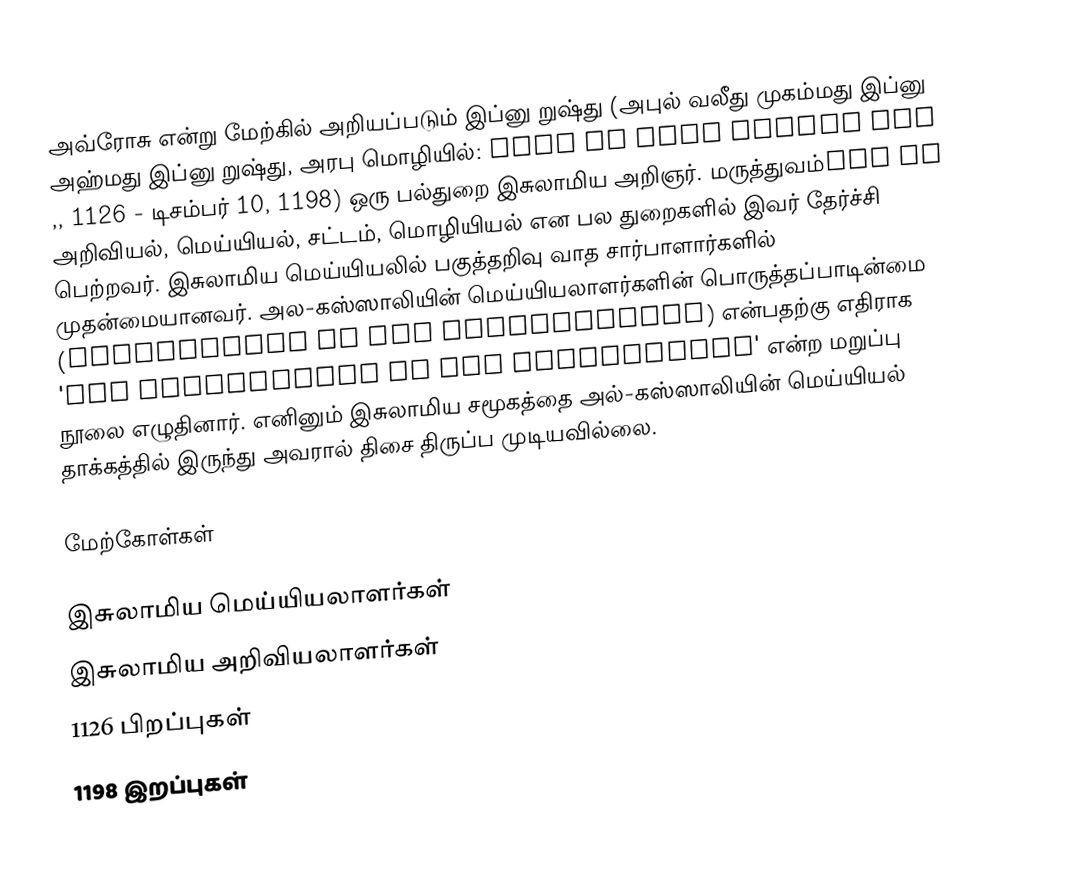
அவ்ரோசு என்று மேற்கில் அறியப்படும் இப்னு றுஷ்து (அபுல் வலீது முகம்மது இப்னு அஹ்மது இப்னு றுஷ்து, அரபு மொழியில்: أبو الوليد محمد بن احمد بن رشد, 1126 - டிசம்பர் 10, 1198) ஒரு பல்துறை இசுலாமிய அறிஞர். மருத்துவம், அறிவியல், மெய்யியல், சட்டம், மொழியியல் என பல துறைகளில் இவர் தேர்ச்சி பெற்றவர். இசுலாமிய மெய்யியலில் பகுத்தறிவு வாத சார்பாளார்களில் முதன்மையானவர். அல-கஸ்ஸாலியின் மெய்யியலாளர்களின் பொருத்தப்பாடின்மை (Incoherence of the Philosophers) என்பதற்கு எதிராக 'The Incoherence of the Incoherence' என்ற மறுப்பு நூலை எழுதினார். எனினும் இசுலாமிய சமூகத்தை அல்-கஸ்ஸாலியின் மெய்யியல் தாக்கத்தில் இருந்து அவரால் திசை திருப்ப முடியவில்லை.

மேற்கோள்கள்

இசுலாமிய மெய்யியலாளர்கள்
இசுலாமிய அறிவியலாளர்கள்
1126 பிறப்புகள்
1198 இறப்புகள்